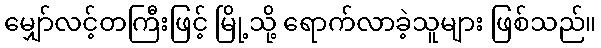
မျှော်လင့်တကြီးဖြင့် မြို့သို့ ရောက်လာခဲ့သူများ ဖြစ်သည်။